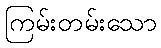
ကြမ်းတမ်းသော